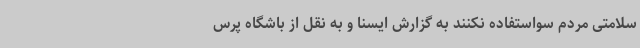
سلامتی مردم سواستفاده نکنند به گزارش ایسنا و به نقل از باشگاه پرس